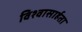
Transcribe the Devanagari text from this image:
विश्‍वासार्हता